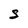
Character: s